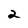
Character: 2